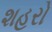
શહરો